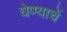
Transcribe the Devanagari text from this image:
घेण्याचें